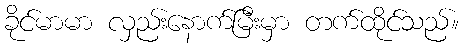
ခိုင်မာမာ လှည်းနောက်မြီးမှာ တက်ထိုင်သည်။